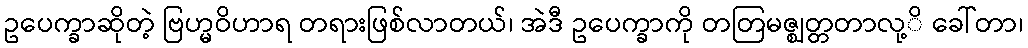
ဥပေက္ခာဆိုတဲ့ ဗြဟ္မဝိဟာရ တရားဖြစ်လာတယ်၊ အဲဒီ ဥပေက္ခာကို တတြမဇ္ဈတ္တတာလု့ိ ခေါ်တာ၊